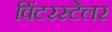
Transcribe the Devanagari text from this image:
विंटरस्टेलर